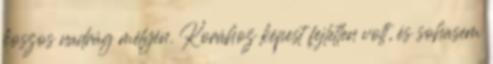
koszos nadrág mélyén. Korához képest fejletlen volt, és sohasem